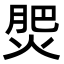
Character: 𭵀